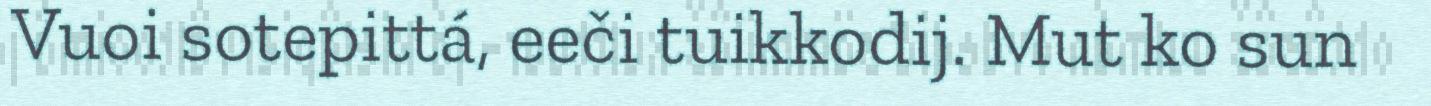
Vuoi sotepittá, eeči tuikkodij. Mut ko sun